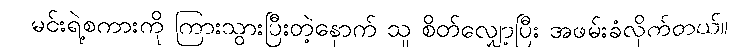
မင်းရဲ့စကားကို ကြားသွားပြီးတဲ့နောက် သူ စိတ်လျှော့ပြီး အဖမ်းခံလိုက်တယ်။